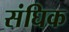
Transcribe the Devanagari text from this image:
संघिक